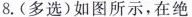
8.(多选)如图所示，在绝